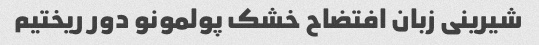
شیرینی زبان افتضاح خشک پولمونو دور ریختیم